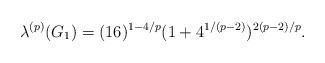
LaTeX: \begin{align*}\lambda^{(p)}(G_1)=(16)^{1-4/p}(1+4^{1/(p-2)})^{2(p-2)/p}. \end{align*}